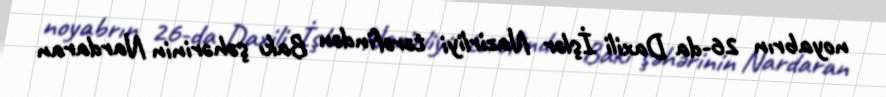
noyabrın 26-da Daxili İşlər Nazirliyi tərəfindən Bakı şəhərinin Nardaran